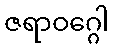
ဇရာဝဂ္ဂေါ